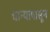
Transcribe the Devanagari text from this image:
धान्यापासून